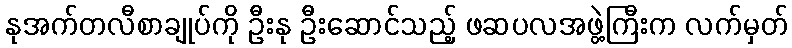
နုအက်တလီစာချုပ်ကို ဦးနု ဦးဆောင်သည့် ဖဆပလအဖွဲ့ကြီးက လက်မှတ်